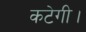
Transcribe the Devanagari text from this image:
कटेगी।